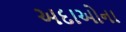
અદાઓના